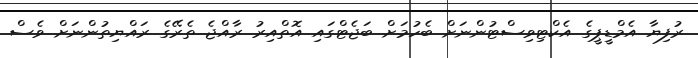
ރުފިޔާ އެމްޑީޕީގެ އެކްޓިވިސްޓުންނަށް ބެހުމަށް ބަޖެޓްގައި އޮތްއިރު ރާއްޖެ ތެރޭގެ ރައްޔިތުންނަށް ވެސް